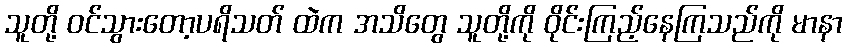
သူတို့ ဝင်သွားတော့ပရိသတ် ထဲက အသိတွေ သူတို့ကို ဝိုင်းကြည့်နေကြသည်ကို မာနာ